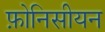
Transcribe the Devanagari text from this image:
फ़ोनिसीयन